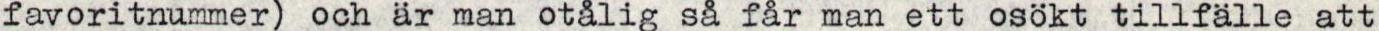
favoritnummer) och är man otålig så får man ett osökt tillfälle att